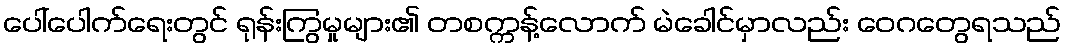
ပေါ်ပေါက်ရေးတွင် ရုန်းကြွမှုများ၏ တစက္ကန့်လောက် မဲခေါင်မှာလည်း ဝေဂတွေရသည်